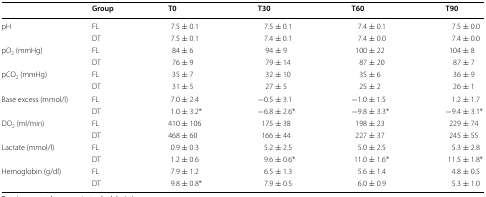
<table><thead><tr><td></td><td><b>Group</b></td><td><b>T0</b></td><td><b>T30</b></td><td><b>T60</b></td><td><b>T90</b></td></tr></thead><tbody><tr><td rowspan="2">pH</td><td>FL</td><td>7.5 ± 0.1</td><td>7.5 ± 0.1</td><td>7.4 ± 0.1</td><td>7.5 ± 0.0</td></tr><tr><td>DT</td><td>7.5 ± 0.1</td><td>7.4 ± 0.1</td><td>7.4 ± 0.0</td><td>7.4 ± 0.0</td></tr><tr><td rowspan="2">pO<sub>2</sub> (mmHg)</td><td>FL</td><td>84 ± 6</td><td>94 ± 9</td><td>100 ± 22</td><td>104 ± 8</td></tr><tr><td>DT</td><td>76 ± 9</td><td>79 ± 14</td><td>87 ± 20</td><td>87 ± 7</td></tr><tr><td rowspan="2">pCO<sub>2</sub> (mmHg)</td><td>FL</td><td>35 ± 7</td><td>32 ± 10</td><td>35 ± 6</td><td>36 ± 9</td></tr><tr><td>DT</td><td>31 ± 5</td><td>27 ± 5</td><td>25 ± 2</td><td>26 ± 1</td></tr><tr><td rowspan="2">Base excess (mmol/l)</td><td>FL</td><td>7.0 ± 2.4</td><td>−0.5 ± 3.1</td><td>−1.0 ± 1.5</td><td>1.2 ± 1.7</td></tr><tr><td>DT</td><td>1.0 ± 3.2*</td><td>−6.8 ± 2.6*</td><td>−9.8 ± 3.3*</td><td>−9.4 ± 3.1*</td></tr><tr><td rowspan="2">DO<sub>2</sub> (ml/min)</td><td>FL</td><td>410 ± 106</td><td>175 ± 38</td><td>198 ± 23</td><td>229 ± 74</td></tr><tr><td>DT</td><td>468 ± 60</td><td>166 ± 44</td><td>227 ± 37</td><td>245 ± 55</td></tr><tr><td rowspan="2">Lactate (mmol/l)</td><td>FL</td><td>0.9 ± 0.3</td><td>5.2 ± 2.5</td><td>5.0 ± 2.5</td><td>5.3 ± 2.8</td></tr><tr><td>DT</td><td>1.2 ± 0.6</td><td>9.6 ± 0.6*</td><td>11.0 ± 1.6*</td><td>11.5 ± 1.8*</td></tr><tr><td rowspan="2">Hemoglobin (g/dl)</td><td>FL</td><td>7.9 ± 1.2</td><td>6.5 ± 1.3</td><td>5.6 ± 1.4</td><td>4.8 ± 0.5</td></tr><tr><td>DT</td><td>9.8 ± 0.8*</td><td>7.9 ± 0.5</td><td>6.0 ± 0.9</td><td>5.3 ± 1.0</td></tr></tbody></table>